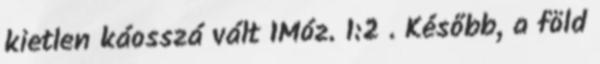
kietlen káosszá vált 1Móz. 1:2 . Később, a föld